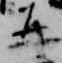
并